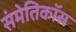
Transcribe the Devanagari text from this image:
संमेतिकॉस